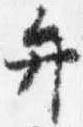
弁